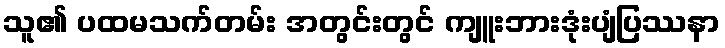
သူ၏ ပထမသက်တမ်း အတွင်းတွင် ကျူးဘားဒုံးပျံပြဿနာ